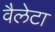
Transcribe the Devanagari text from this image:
वैलेटा